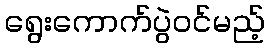
ရွေးကောက်ပွဲဝင်မည့်